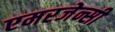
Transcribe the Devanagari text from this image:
एमरजेन्सी